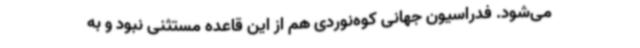
می‌شود. فدراسیون جهانی کوه‌نوردی هم از این قاعده مستثنی نبود و به